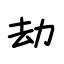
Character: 劫